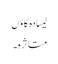
لیسادہ گاؤں
متاثرہ۔